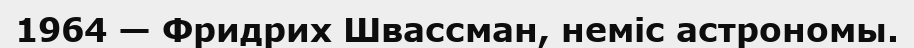
1964 — Фридрих Швассман, неміс астрономы.